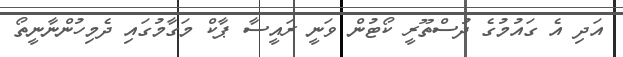
އަދި އެ ގައުމުގެ ދުސްތޫރީ ކޯޓުން ވަނީ ރައީސާ ޕާކް މަގާމުގައި ދެމިހުންނާނީތޯ